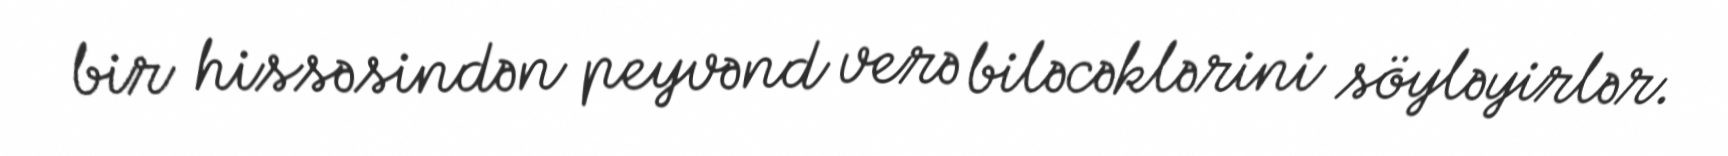
bir hissəsindən peyvənd verə biləcəklərini söyləyirlər.